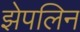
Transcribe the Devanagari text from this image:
झेपलिन